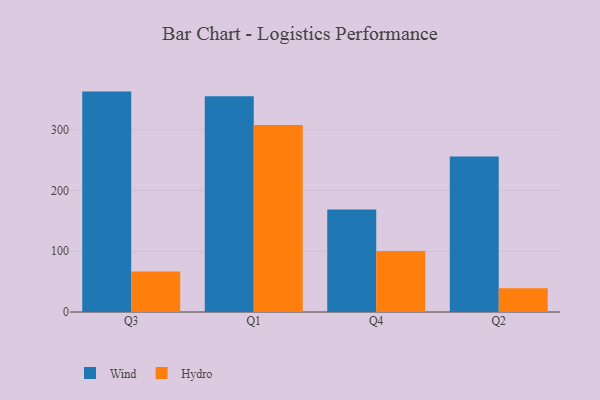
{"axis": {"x": "Quarter", "y": "Temperature (°C)"}, "legend": ["Hydro", "Wind"], "data": [{"x": "Q3", "y": 362.8, "type": "Wind"}, {"x": "Q3", "y": 66.6, "type": "Hydro"}, {"x": "Q1", "y": 355.0, "type": "Wind"}, {"x": "Q1", "y": 307.7, "type": "Hydro"}, {"x": "Q4", "y": 168.8, "type": "Wind"}, {"x": "Q4", "y": 100.6, "type": "Hydro"}, {"x": "Q2", "y": 256.0, "type": "Wind"}, {"x": "Q2", "y": 39.0, "type": "Hydro"}]}